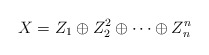
\begin{align*}X=Z_1\oplus Z_2^2\oplus\cdots\oplus Z_n^n\end{align*}